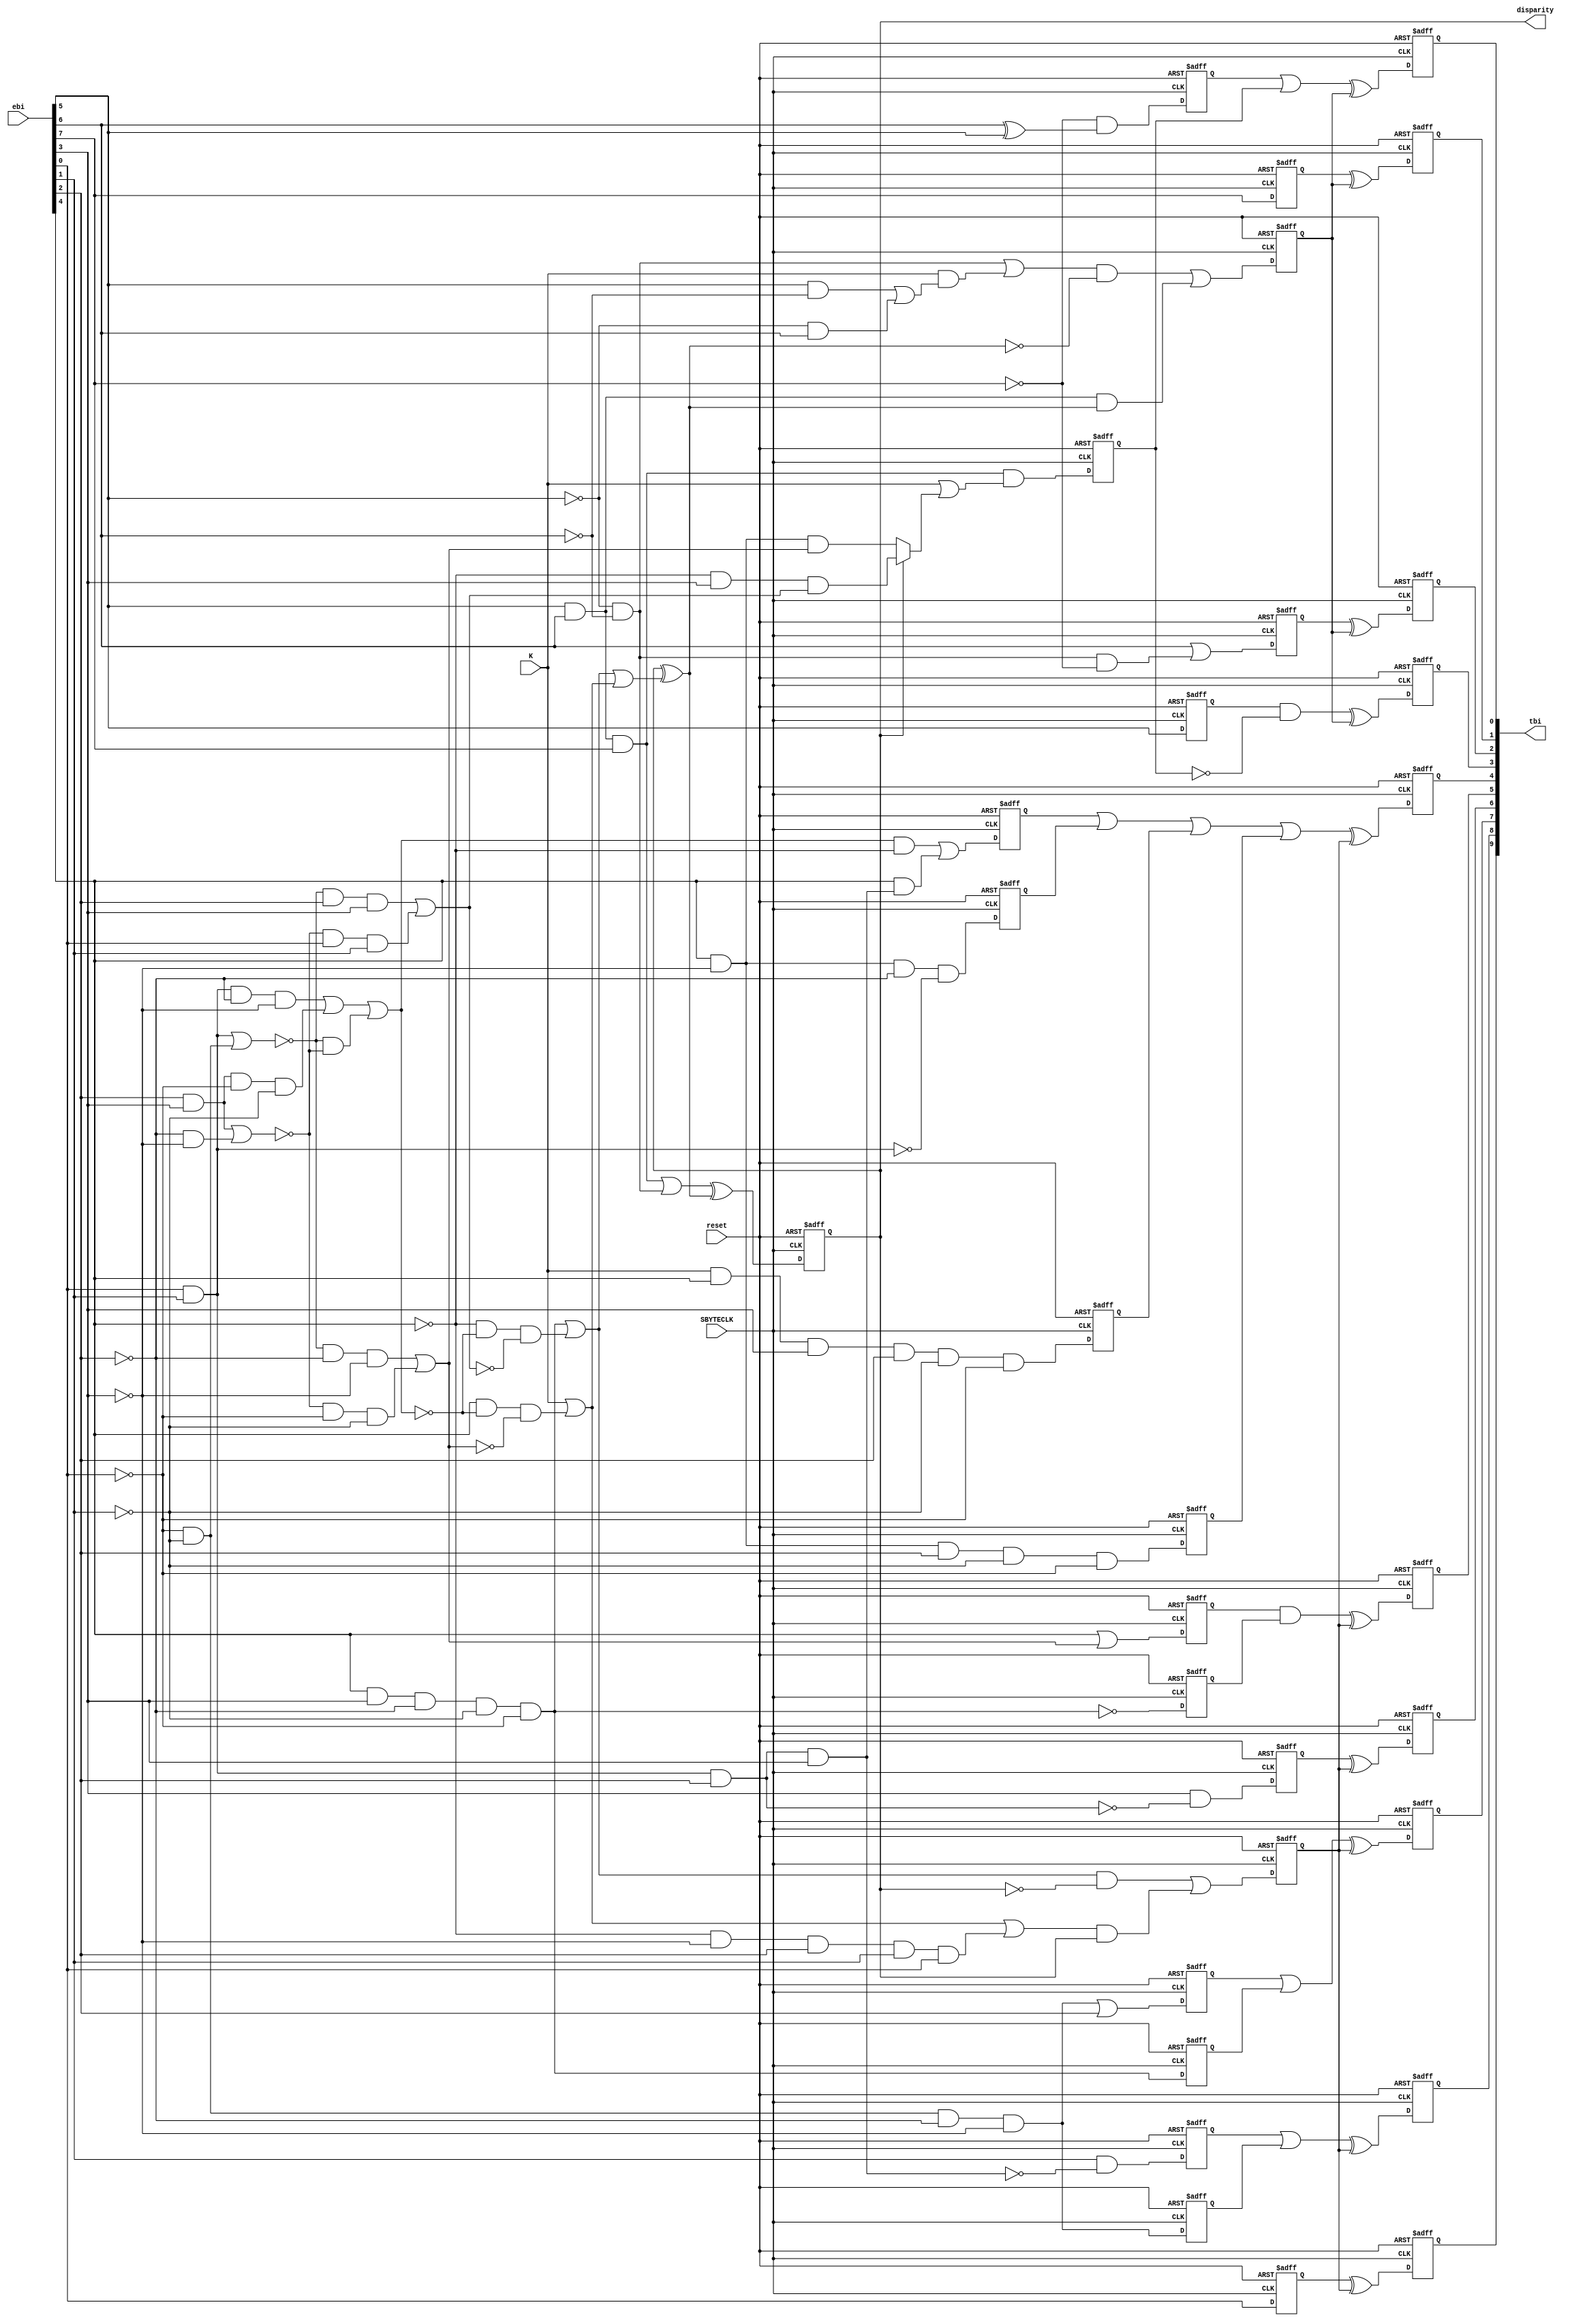
module encoder_8b10b (
   input reset,
   input SBYTECLK,
   input K,
   input [7:0] ebi,
   output [9:0] tbi,
   output reg disparity
   );
   wire   L40, L04, L13, L31, L22, AeqB, CeqD;
   wire   PD_1S6, NDOS6, PDOS6, ND_1S6;
   wire   ND_1S4, PD_1S4, NDOS4, PDOS4;
   wire   illegalk, DISPARITY6;
   reg    COMPLS6, COMPLS4;
   wire   NAO, NBO, NCO, NDO, NEO, NIO;
   wire   NFO, NGO, NHO, NJO;
   wire   A,B,C,D,E,F,G,H;      
   assign {H,G,F,E,D,C,B,A} = ebi[7:0];
   reg 	  a,b,c,d,e,i,f,g,h,j; 
   assign tbi[9:0] = {a,b,c,d,e,i,f,g,h,j};
   wire [9:0] tst;
   assign tst[9:0] = {NAO,NBO,NCO,NDO,NEO,NIO,NFO,NGO,NHO,NJO};
   always @(posedge SBYTECLK, posedge reset)
     if (reset) 
       begin
	  disparity <= 1'b0; {a,b,c,d,e,i,f,g,h,j} <= 10'b0; 
       end 
     else begin
	disparity <= (PDOS4 | NDOS4) ^ DISPARITY6;
	{a,b,c,d,e,i,f,g,h,j} <= { NAO^COMPLS6, NBO^COMPLS6, NCO^COMPLS6, 
				   NDO^COMPLS6, NEO^COMPLS6, NIO^COMPLS6,
				   NFO^COMPLS4, NGO^COMPLS4, 
				   NHO^COMPLS4, NJO^COMPLS4 };	
     end 
   assign AeqB = (A & B) | (!A & !B);
   assign CeqD = (C & D) | (!C & !D);
   assign L40 =  A & B & C & D ;
   assign L04 = !A & !B & !C & !D;
   assign L13 = (!AeqB & !C & !D) | (!CeqD & !A & !B);
   assign L31 = (!AeqB &  C &  D) | (!CeqD &  A &  B);
   assign L22 = (A & B & !C & !D) | (C & D & !A & !B) | ( !AeqB & !CeqD) ;
   assign PD_1S6 = (E & D & !C & !B & !A) | (!E & !L22 & !L31) ;
   assign NDOS6  = PD_1S6 ;
   assign PDOS6  = K | (E & !L22 & !L13) ;
   assign ND_1S6 = K | (E & !L22 & !L13) | (!E & !D & C & B & A) ;
   assign ND_1S4 = F & G ;
   assign NDOS4  = (!F & !G) ;
   assign PD_1S4 = (!F & !G) | (K & ((F & !G) | (!F & G)));
   assign PDOS4  = F & G & H ;
   assign illegalk = K & (A | B | !C | !D | !E) & (!F | !G | !H | !E | !L31); 
   assign DISPARITY6 = disparity ^ (NDOS6 | PDOS6) ;
   always @(posedge SBYTECLK, posedge reset)
     if(reset) begin
       COMPLS4 <= 0;
       COMPLS6 <= 0;
       end
     else begin
       COMPLS4 <= (PD_1S4 & !DISPARITY6) | (ND_1S4 & DISPARITY6);
       COMPLS6 <= (PD_1S6 & !disparity) | (ND_1S6 & disparity);
       end
   reg tNAO, tNBOx, tNBOy, tNCOx, tNCOy, tNDO , tNEOx, tNEOy, tNIOw, tNIOx, tNIOy, tNIOz;
   always @(posedge SBYTECLK, posedge reset)
     if(reset) begin
       tNAO  <= 0;
       tNBOx <= 0;
       tNBOy <= 0;
       tNCOx <= 0;
       tNCOy <= 0;
       tNDO  <= 0;
       tNEOx <= 0;
       tNEOy <= 0;
       tNIOw <= 0;
       tNIOx <= 0;
       tNIOy <= 0;
       tNIOz <= 0;
       end
     else begin
       tNAO  <= A ;
       tNBOx <= B & !L40;
       tNBOy <= L04 ;
       tNCOx <= L04 | C ;
       tNCOy <= E & D & !C & !B & !A ;
       tNDO  <= D & ! (A & B & C) ;
       tNEOx <= E | L13;
       tNEOy <= !(E & D & !C & !B & !A) ;
       tNIOw <= (L22 & !E) | (E & L40) ;
       tNIOx <= E & !D & !C & !(A & B) ;
       tNIOy <= K & E & D & C & !B & !A ;
       tNIOz <= E & !D & C & !B & !A ;
       end
   assign NAO = tNAO ;
   assign NBO = tNBOx | tNBOy ;
   assign NCO = tNCOx | tNCOy ;
   assign NDO = tNDO ;
   assign NEO = tNEOx & tNEOy ;
   assign NIO = tNIOw | tNIOx | tNIOy | tNIOz;
   reg alt7, tNFO, tNGO, tNHO, tNJO;
   always @(posedge SBYTECLK, posedge reset)
     if(reset) begin
       alt7 <= 0;
       tNFO <= 0;
       tNGO <= 0;
       tNHO <= 0;
       tNJO <= 0;
       end
     else begin
       alt7 <= F & G & H & (K | (disparity ? (!E & D & L31) : (E & !D & L13))) ;
       tNFO <= F;
       tNGO <= G | (!F & !G & !H) ;
       tNHO <= H ;
       tNJO <= !H & (G ^ F) ;
       end
   assign NFO = tNFO & !alt7 ;
   assign NGO = tNGO ;
   assign NHO = tNHO ;
   assign NJO = tNJO | alt7 ;
endmodule